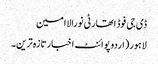
ڈی جی فوڈ اتھارٹی نورالاامین
لاہور(اردوپوائنٹ اخبارتازہ ترین۔